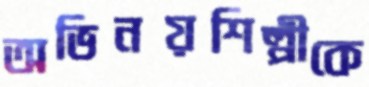
অভিনয়শিল্পীকে